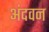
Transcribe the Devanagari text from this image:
अंदवन